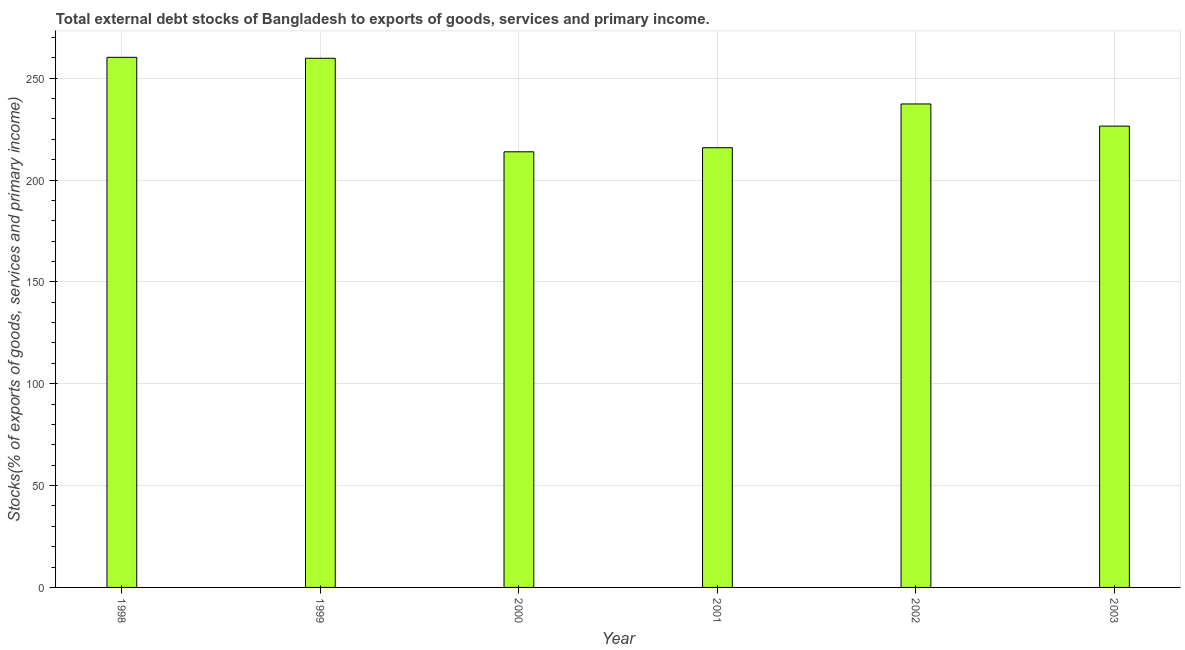
| Year | External debt stocks (% of exports of goods |
 | --- | --- |
 | 1998 | 260 |
 | 1999 | 260 |
 | 2000 | 214 |
 | 2001 | 216 |
 | 2002 | 237 |
 | 2003 | 226 |